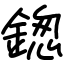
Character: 鍯